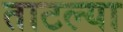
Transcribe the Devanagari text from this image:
ताटल्या